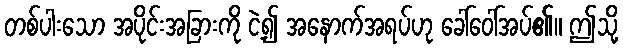
တစ်ပါးသော အပိုင်းအခြားကို ငဲ့၍ အနောက်အရပ်ဟု ခေါ်ဝေါ်အပ်၏။ ဤသို့